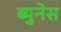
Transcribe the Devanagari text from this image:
ब्युनेस